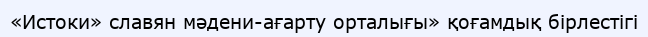
«Истоки» славян мәдени-ағарту орталығы» қоғамдық бірлестігі